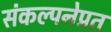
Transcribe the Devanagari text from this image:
संकल्पनेप्रत